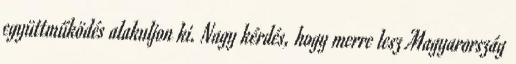
együttműködés alakuljon ki. Nagy kérdés, hogy merre lesz Magyarország